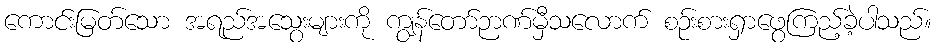
ကောင်းမြတ်သော အရည်အသွေးများကို ကျွန်တော်ဉာဏ်မှီသလောက် စဉ်းစားရှာဖွေကြည့်ခဲ့ပါသည်။